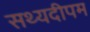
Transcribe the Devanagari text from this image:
सथ्यदीपम